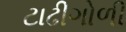
ટાઢીગોળી